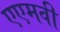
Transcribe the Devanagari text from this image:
एएमवी